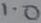
Text: 1.0